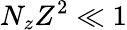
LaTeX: N_{z}Z^{2}\ll 1